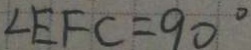
\angle E F C = 9 0 ^ { \circ }